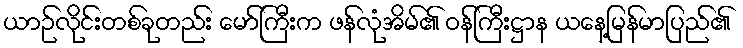
ယာဉ်လိုင်းတစ်ခုတည်း မော်ကြီးက ဖန်လုံအိမ်၏ ဝန်ကြီးဋ္ဌာန ယနေ့မြန်မာပြည်၏